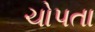
ચોપતા